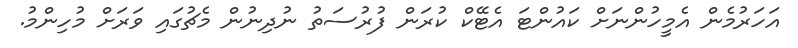
އަހަރުމެން އެމީހުންނަށް ކައުންޓަ އެޓޭކް ކުރަން ފުރުސަތު ނުދިނުން މެޗުގައި ވަރަށް މުހިންމު.